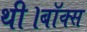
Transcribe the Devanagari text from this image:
थी।बॉक्स